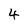
Character: 4